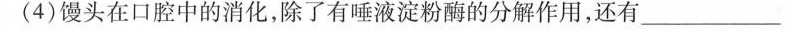
(4)馒头在口腔中的消化，除了有唾液淀粉酶的分解作用，还有___。